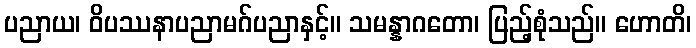
ပညာယ၊ ဝိပဿနာပညာမဂ်ပညာနှင့်။ သမန္နာဂတော၊ ပြည့်စုံသည်။ ဟောတိ၊